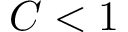
C < 1